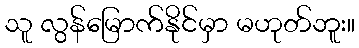
သူ လွန်မြောက်နိုင်မှာ မဟုတ်ဘူး။